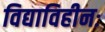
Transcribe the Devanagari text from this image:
विद्याविहीनः